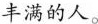
丰满的人。